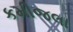
કમીજલા